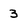
Character: 3